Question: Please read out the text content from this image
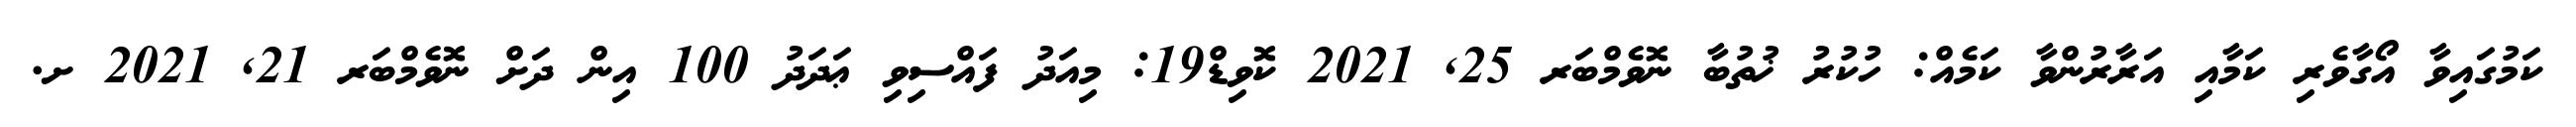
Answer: ކަމުގައިވާ އޯގާވެރި ކަމާއި އަރާރުންވާ ކަމެއް: ހުކުރު ޚުތުބާ ނޮވެމްބަރ 25, 2021 ކޮވިޑް19: މިއަދު ފައްސިވި ޢަދަދު 100 އިން ދަށް ނޮވެމްބަރ 21, 2021 ށ.